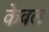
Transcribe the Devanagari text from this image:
केेवल